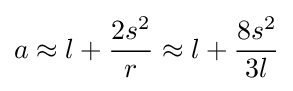
a\approx l+{\frac {2s^{2}}{r}}\approx l+{\frac {8s^{2}}{3l}}